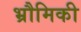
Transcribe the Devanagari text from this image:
भ्रौमिकी